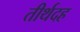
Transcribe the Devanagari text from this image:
तीर्थदह